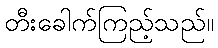
တီးခေါက်ကြည့်သည်။